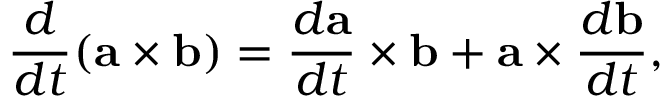
{ \frac { d } { d t } } ( \mathbf { a } \times \mathbf { b } ) = { \frac { d \mathbf { a } } { d t } } \times \mathbf { b } + \mathbf { a } \times { \frac { d \mathbf { b } } { d t } } ,